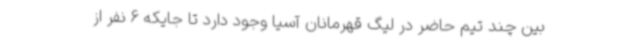
بین چند تیم حاضر در لیگ قهرمانان آسیا وجود دارد تا جایکه 6 نفر از